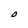
Character: O